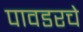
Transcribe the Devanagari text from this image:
पावडरचे